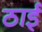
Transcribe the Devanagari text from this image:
ठाईं